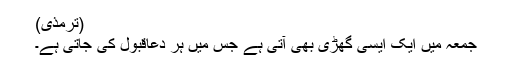
(ترمذی)
جمعہ میں ایک ایسی گھڑی بھی آتی ہے جس میں ہر دعاقبول کی جاتی ہے۔